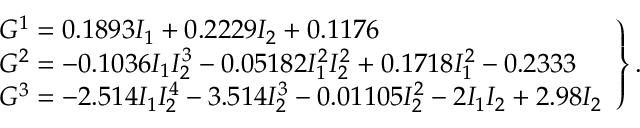
\left. \begin{array} { l } { G ^ { 1 } = 0 . 1 8 9 3 I _ { 1 } + 0 . 2 2 2 9 I _ { 2 } + 0 . 1 1 7 6 } \\ { G ^ { 2 } = - 0 . 1 0 3 6 I _ { 1 } I _ { 2 } ^ { 3 } - 0 . 0 5 1 8 2 I _ { 1 } ^ { 2 } I _ { 2 } ^ { 2 } + 0 . 1 7 1 8 I _ { 1 } ^ { 2 } - 0 . 2 3 3 3 } \\ { G ^ { 3 } = - 2 . 5 1 4 I _ { 1 } I _ { 2 } ^ { 4 } - 3 . 5 1 4 I _ { 2 } ^ { 3 } - 0 . 0 1 1 0 5 I _ { 2 } ^ { 2 } - 2 I _ { 1 } I _ { 2 } + 2 . 9 8 I _ { 2 } } \end{array} \right\} .